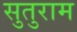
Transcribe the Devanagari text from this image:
सुतुराम